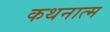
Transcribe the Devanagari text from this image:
कथनात्म